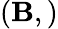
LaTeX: (\mathbf{B},)